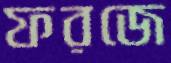
ফরজে